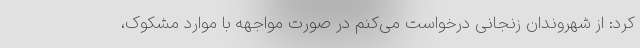
کرد: از شهروندان زنجانی درخواست می‌کنم در صورت مواجهه با موارد مشکوک،